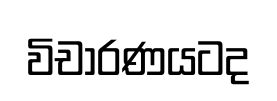
විචාරණයටද